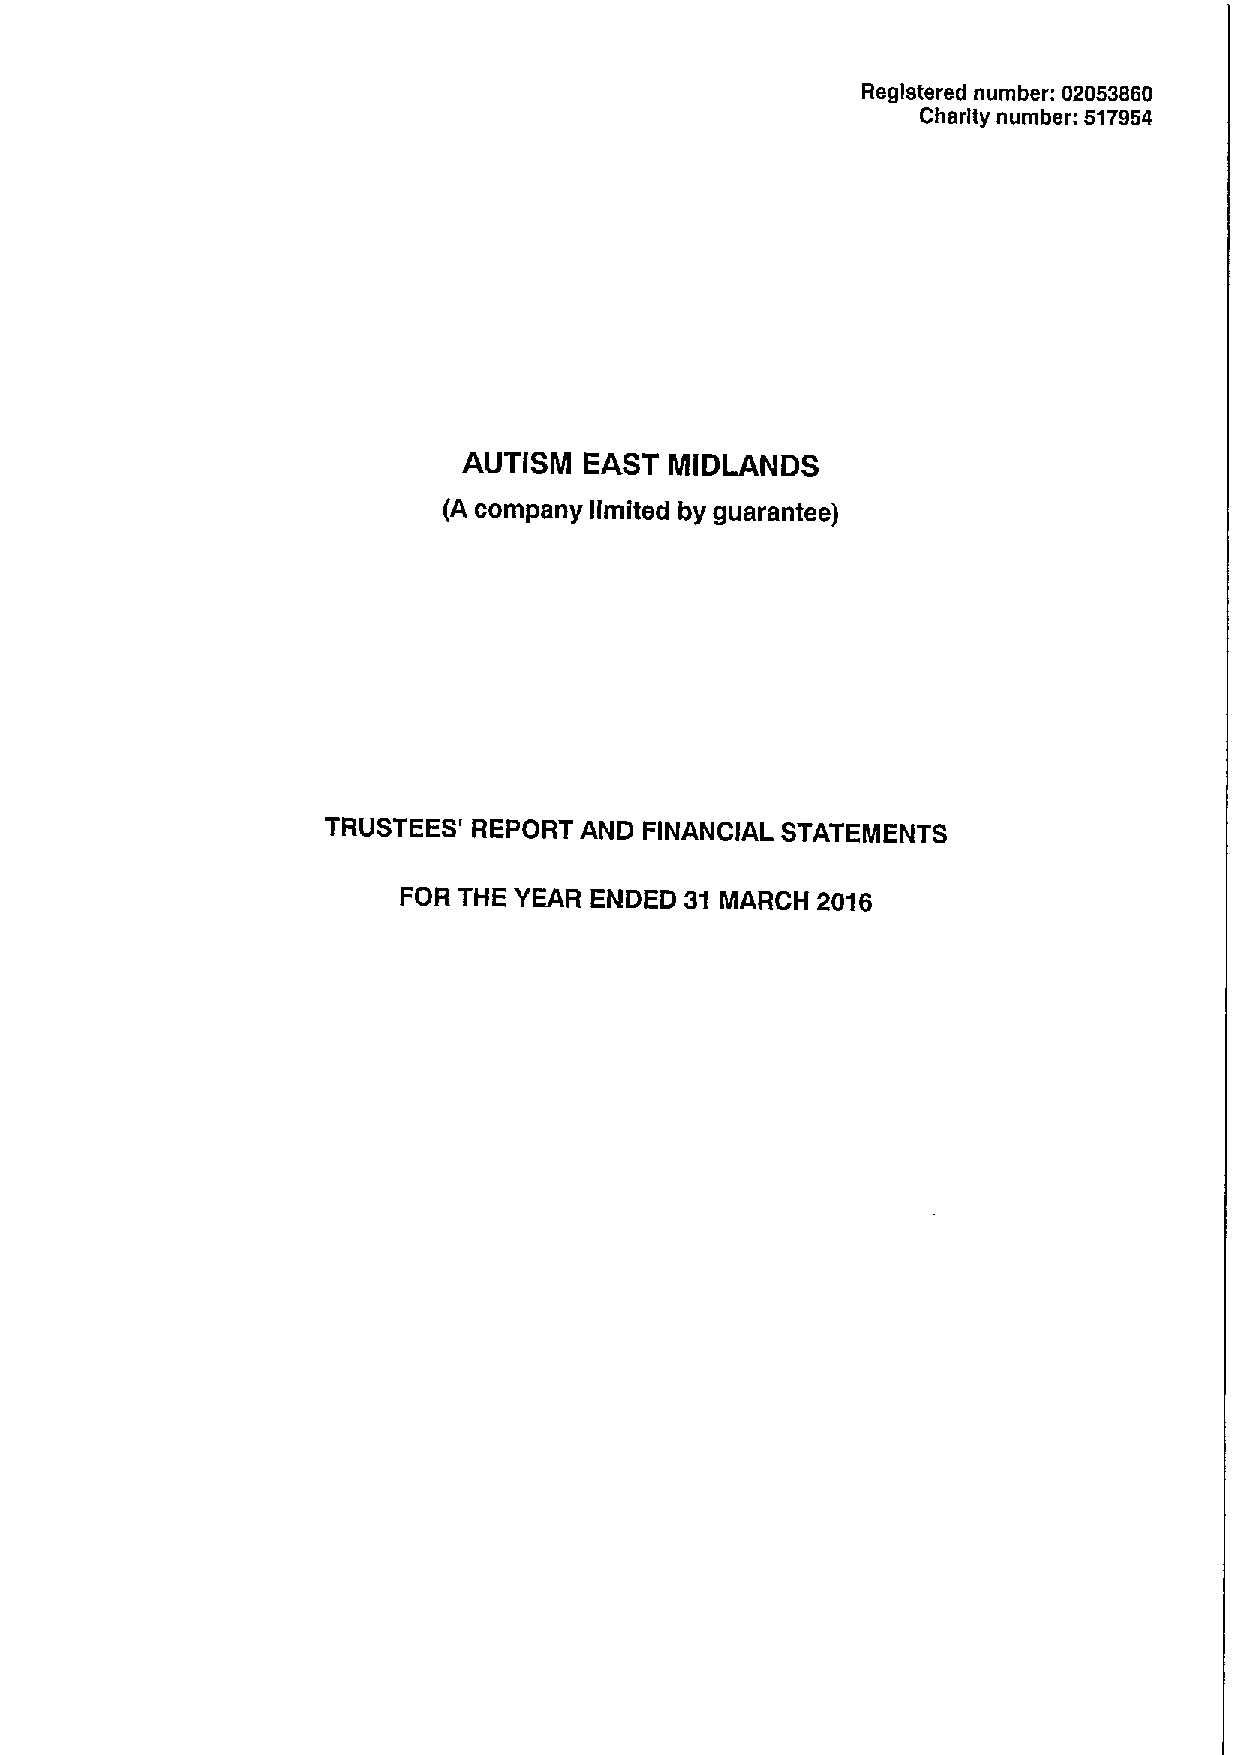
Registered number: 02053660
 Charity number: 517954
 AUTISM  EAST MIDLANDS
 (A company limited by guarantee)
 TRUSTEES' REPORT AND FINANCIAL STATEMENTS
 FOR THE YEAR ENDED 31 MARCH 2016